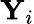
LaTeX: \mathbf{Y}_{i}